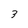
Character: 3